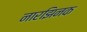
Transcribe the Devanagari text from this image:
नारझिनक